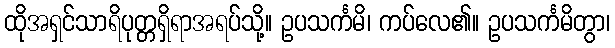
ထိုအရှင်သာရိပုတ္တရှိရာအရပ်သို့။ ဥပသင်္ကမိ၊ ကပ်လေ၏။ ဥပသင်္ကမိတွာ၊